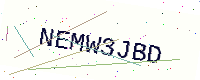
Text: NEMW3JBD